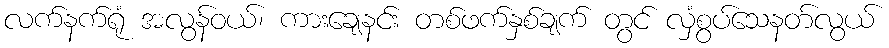
လက်နက်ရုံ အလွန်ဝယ်၊ ကားချေနင်း တစ်ဖက်နှစ်ချက် တွင် လှံစွပ်သေနတ်လွယ်